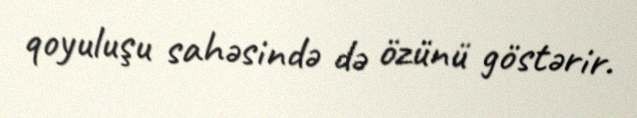
qoyuluşu sahəsində də özünü göstərir.